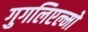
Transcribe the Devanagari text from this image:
गुगलिएल्मो